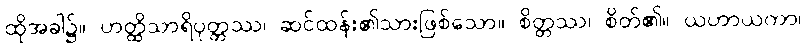
ထိုအခါ၌။ ဟတ္ထိသာရိပုတ္တဿ၊ ဆင်ထန်း၏သားဖြစ်သော။ စိတ္တဿ၊ စိတ်၏။ ယဟာယကာ၊